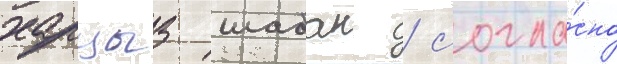
харцыз шабан / согла́сно